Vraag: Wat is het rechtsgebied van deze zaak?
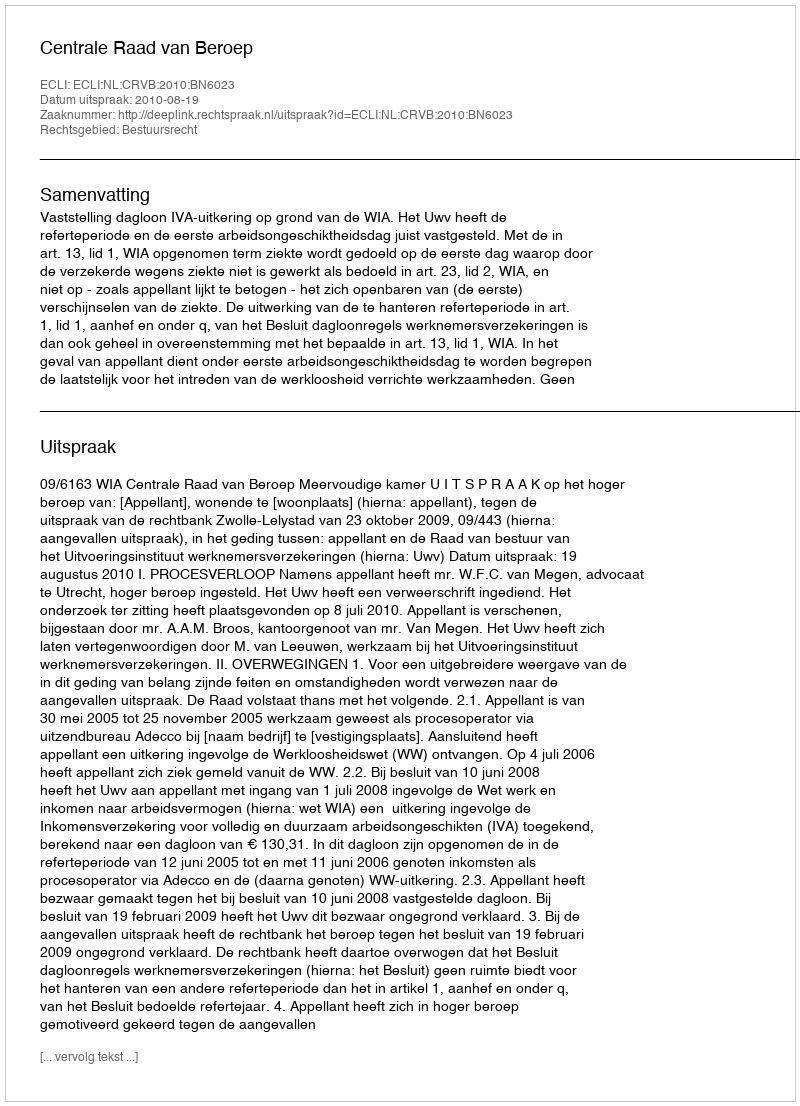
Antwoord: Bestuursrecht